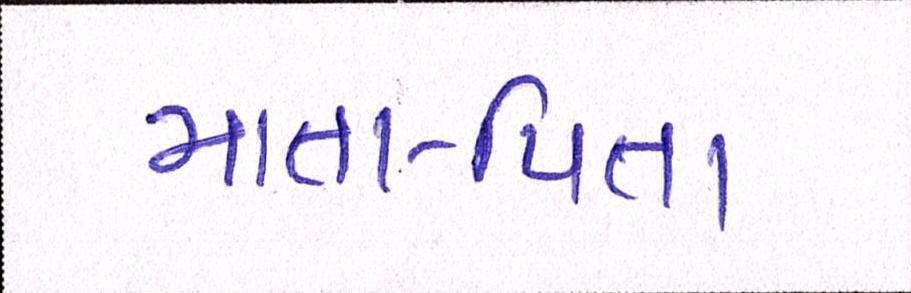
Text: માતા-પિતા